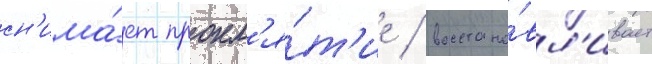
сн'има́ет прокл'я́т'ие / восстана́вл'ивает